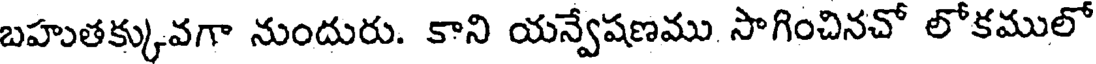
బహుతక్కువగా నుందురు. కాని యన్వేషణము సాగించినచో లోకములో